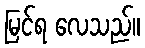
မြင်ရ လေသည်။